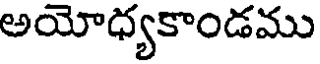
అయోధ్యకాండము